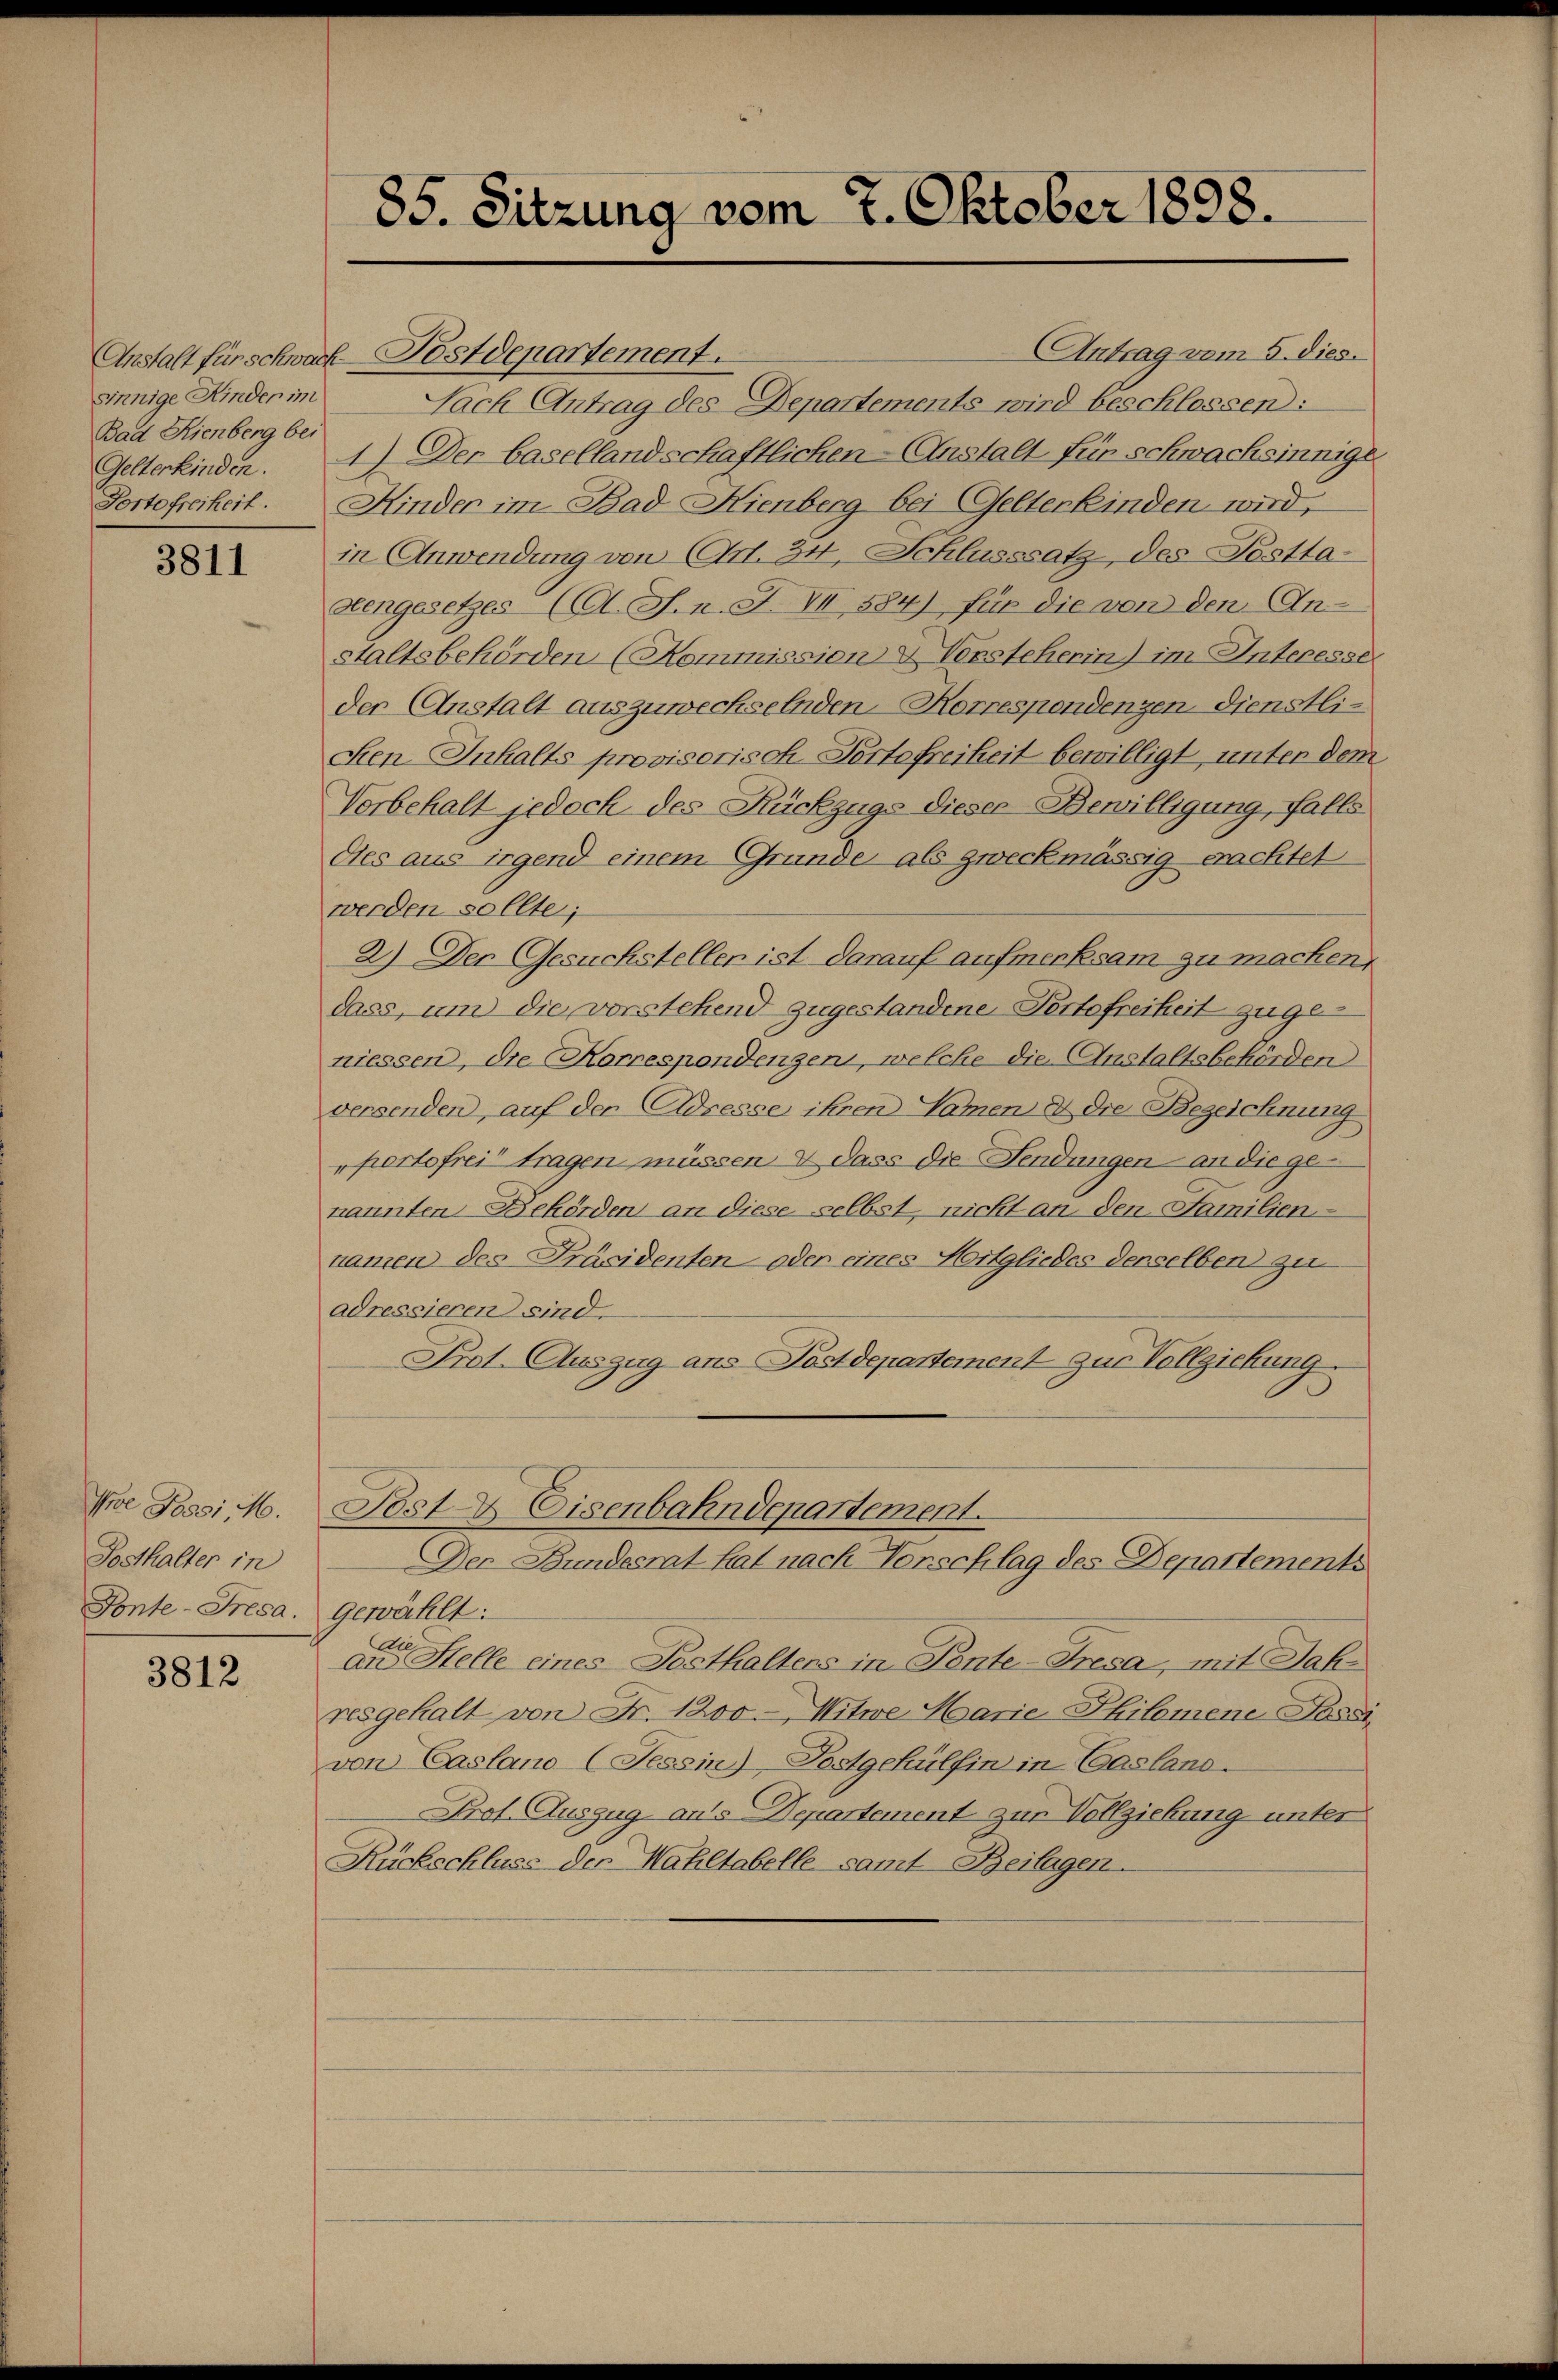
sinnige Kinder im
Bad Kienberg bei
Gelterkinden.

3811

Ioe Possi, 16.
Posthalter in
Ponte-Fresa.

3812

85. Sitzung vom 7. Oktober 1898.

Antrag vom 5. dies.
Anstalt für schwach Postdepartement.
Nach Antrag des Departements wird beschlossen:
1) Der basellandschaftlichen Anstalt für schwachsinnige
Portofreiheit. Kinder im Bad Hienberg bei Gelterkinden wird.
in Anwendung von Art. 34, Schlusssatz, des Testta-
geengesetzes (A. J. n. F. VI 584), für die von den Anstaltsbehörden (Kommission & Vorsteherin) im Interesse
der Anstalt auszuwechselnden Korrespendenzen dienstli¬
Sen Inhalts provisorisch-Portofreiheit bewilligt, unter dem
Vorbehalt jedoch des Rückzugs dieser Bewilligung, falls
des aus irgend einem Grunde als zweckmässig erachtet
werden sollte;
2.) Den Gesuchstellen ist darauf aufmerksam zu machen,
dass, um die vorstehend zugestandene Portofreiheit zugeniessen, die Korrespondenzen, welche die Anstaltsbehörden
versenden, auf den Adresse ihren Namen & die Bezeichnung
"pertofrei tragen müssen & dass die Sendungen an die genannten Behörden an diese selbst, nicht an den Familien-
namen des Präsidenten - oder eines Mitgliedes derselben zu
adressieren sind.
Prot. Auszug aus Postdepartement zur Vollziehung.
Bost & Eisenbahndepartement.
Der Bundesrat hat nach Vorschlag des Departements
gewählt:
is
an Stelle eines Posthaltens in Tante-Fresa, mit Jah
resgehalt von Fr. 1200. Witwe Marie Philomene Passi
von Caslano- (Tessin)-Postgehülfin in Casland-
Prot. Auszug aus Departement zur Vollziehung unter
Rückschluss der Wahltabelle samt Beilagen.